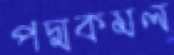
পদ্মকমল